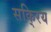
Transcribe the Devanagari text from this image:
सकि्रय